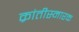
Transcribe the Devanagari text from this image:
क्रांतीस्मारक